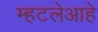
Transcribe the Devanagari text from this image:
म्हटलेआहे